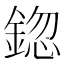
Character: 鍃